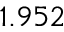
1 . 9 5 2